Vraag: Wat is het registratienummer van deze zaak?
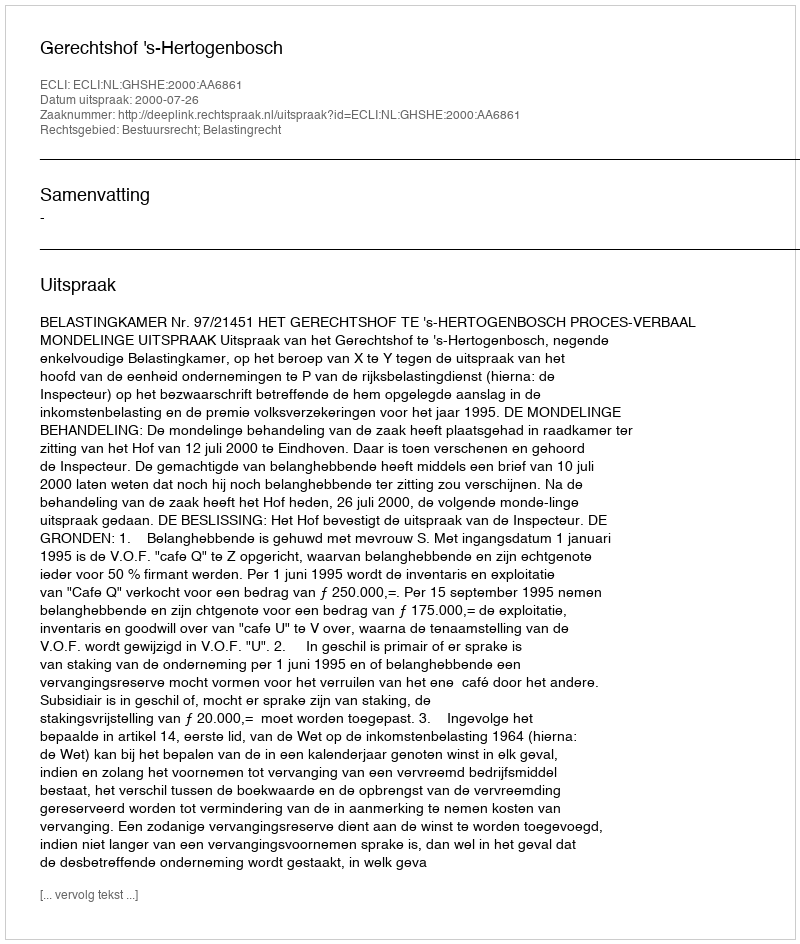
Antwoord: http://deeplink.rechtspraak.nl/uitspraak?id=ECLI:NL:GHSHE:2000:AA6861